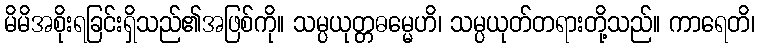
မိမိအစိုးရခြင်းရှိသည်၏အဖြစ်ကို။ သမ္ပယုတ္တဓမ္မေဟိ၊ သမ္ပယုတ်တရားတို့သည်။ ကာရေတိ၊